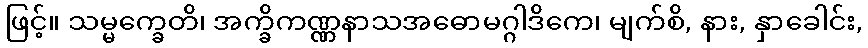
ဖြင့်။ သမ္မက္ခေတိ၊ အက္ခိကဏ္ဏနာသအဓောမဂ္ဂါဒိကေ၊ မျက်စိ, နား, နှာခေါင်း,